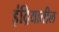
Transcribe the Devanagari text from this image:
इंद्रियातील